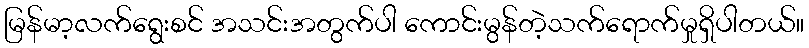
မြန်မာ့လက်ရွေးစင် အသင်းအတွက်ပါ ကောင်းမွန်တဲ့သက်ရောက်မှုရှိပါတယ်။